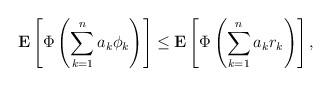
LaTeX: \begin{align*}\textbf{E}\left[\Phi\left(\sum_{k=1}^na_k\phi_k\right)\right]\le {\textbf E}\left[\Phi\left(\sum_{k=1}^na_kr_k\right)\right],\end{align*}